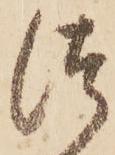
つ